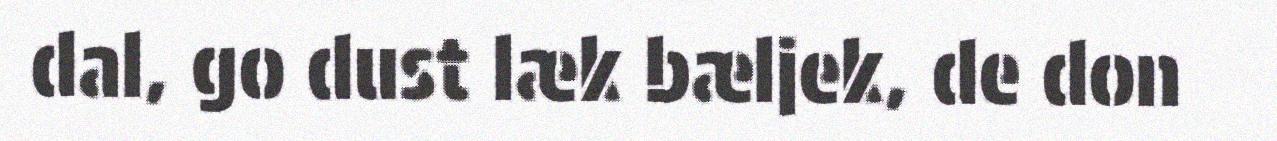
dal, go dust læk bæljek, de don